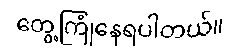
တွေ့ကြုံနေရပါတယ်။